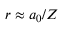
r \approx a _ { 0 } / Z